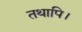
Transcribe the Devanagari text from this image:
तथापि।